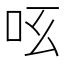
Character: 𠯝